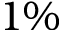
1 \%